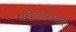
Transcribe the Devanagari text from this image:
परीक्षाप्रणाली